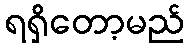
ရရှိတော့မည်